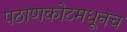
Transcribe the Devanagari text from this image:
पठाणकोटमधूनच